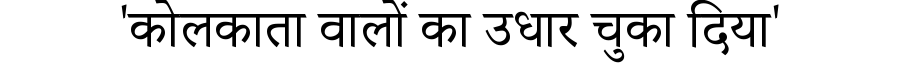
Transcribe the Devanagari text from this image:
'कोलकाता वालों का उधार चुका दिया'